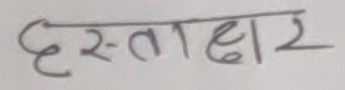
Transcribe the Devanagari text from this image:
हस्ताक्षर